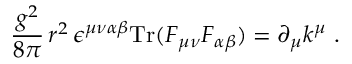
\frac { g ^ { 2 } } { 8 \pi } \, r ^ { 2 } \, \epsilon ^ { \mu \nu \alpha \beta } \mathrm { T r } ( F _ { \mu \nu } F _ { \alpha \beta } ) = \partial _ { \mu } k ^ { \mu } \ .